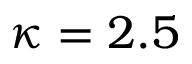
\kappa = 2 . 5